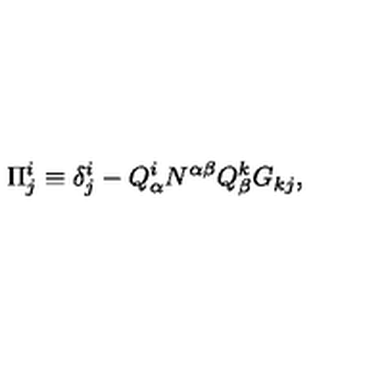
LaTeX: \Pi _ { j } ^ { i } \equiv \delta _ { j } ^ { i } - Q _ { \alpha } ^ { i } N ^ { \alpha \beta } Q _ { \beta } ^ { k } G _ { k j } ,